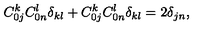
C _ { 0 j } ^ { k } C _ { 0 n } ^ { l } \delta _ { k l } + C _ { 0 j } ^ { k } C _ { 0 n } ^ { l } \delta _ { k l } = 2 \delta _ { j n } ,